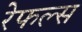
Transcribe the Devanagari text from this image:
रेफल्स